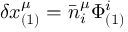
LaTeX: \delta x _ { ( 1 ) } ^ { \mu } = \bar { n } _ { i } ^ { \mu } \Phi _ { ( 1 ) } ^ { i }